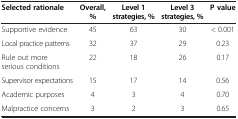
| Selected rationale | Overall, % | Level 1 strategies, % | Level 3 strategies, % | P value |
 | --- | --- | --- | --- | --- |
 | Supportive evidence | 45 | 63 | 30 | < 0.001 |
 | Local practice patterns | 32 | 37 | 29 | 0.23 |
 | Rule out more serious conditions | 22 | 18 | 26 | 0.17 |
 | Supervisor expectations | 15 | 17 | 14 | 0.56 |
 | Academic purposes | 4 | 3 | 4 | 0.70 |
 | Malpractice concerns | 3 | 2 | 3 | 0.65 |